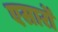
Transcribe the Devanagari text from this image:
एसारों